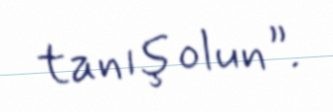
tanış olun”.